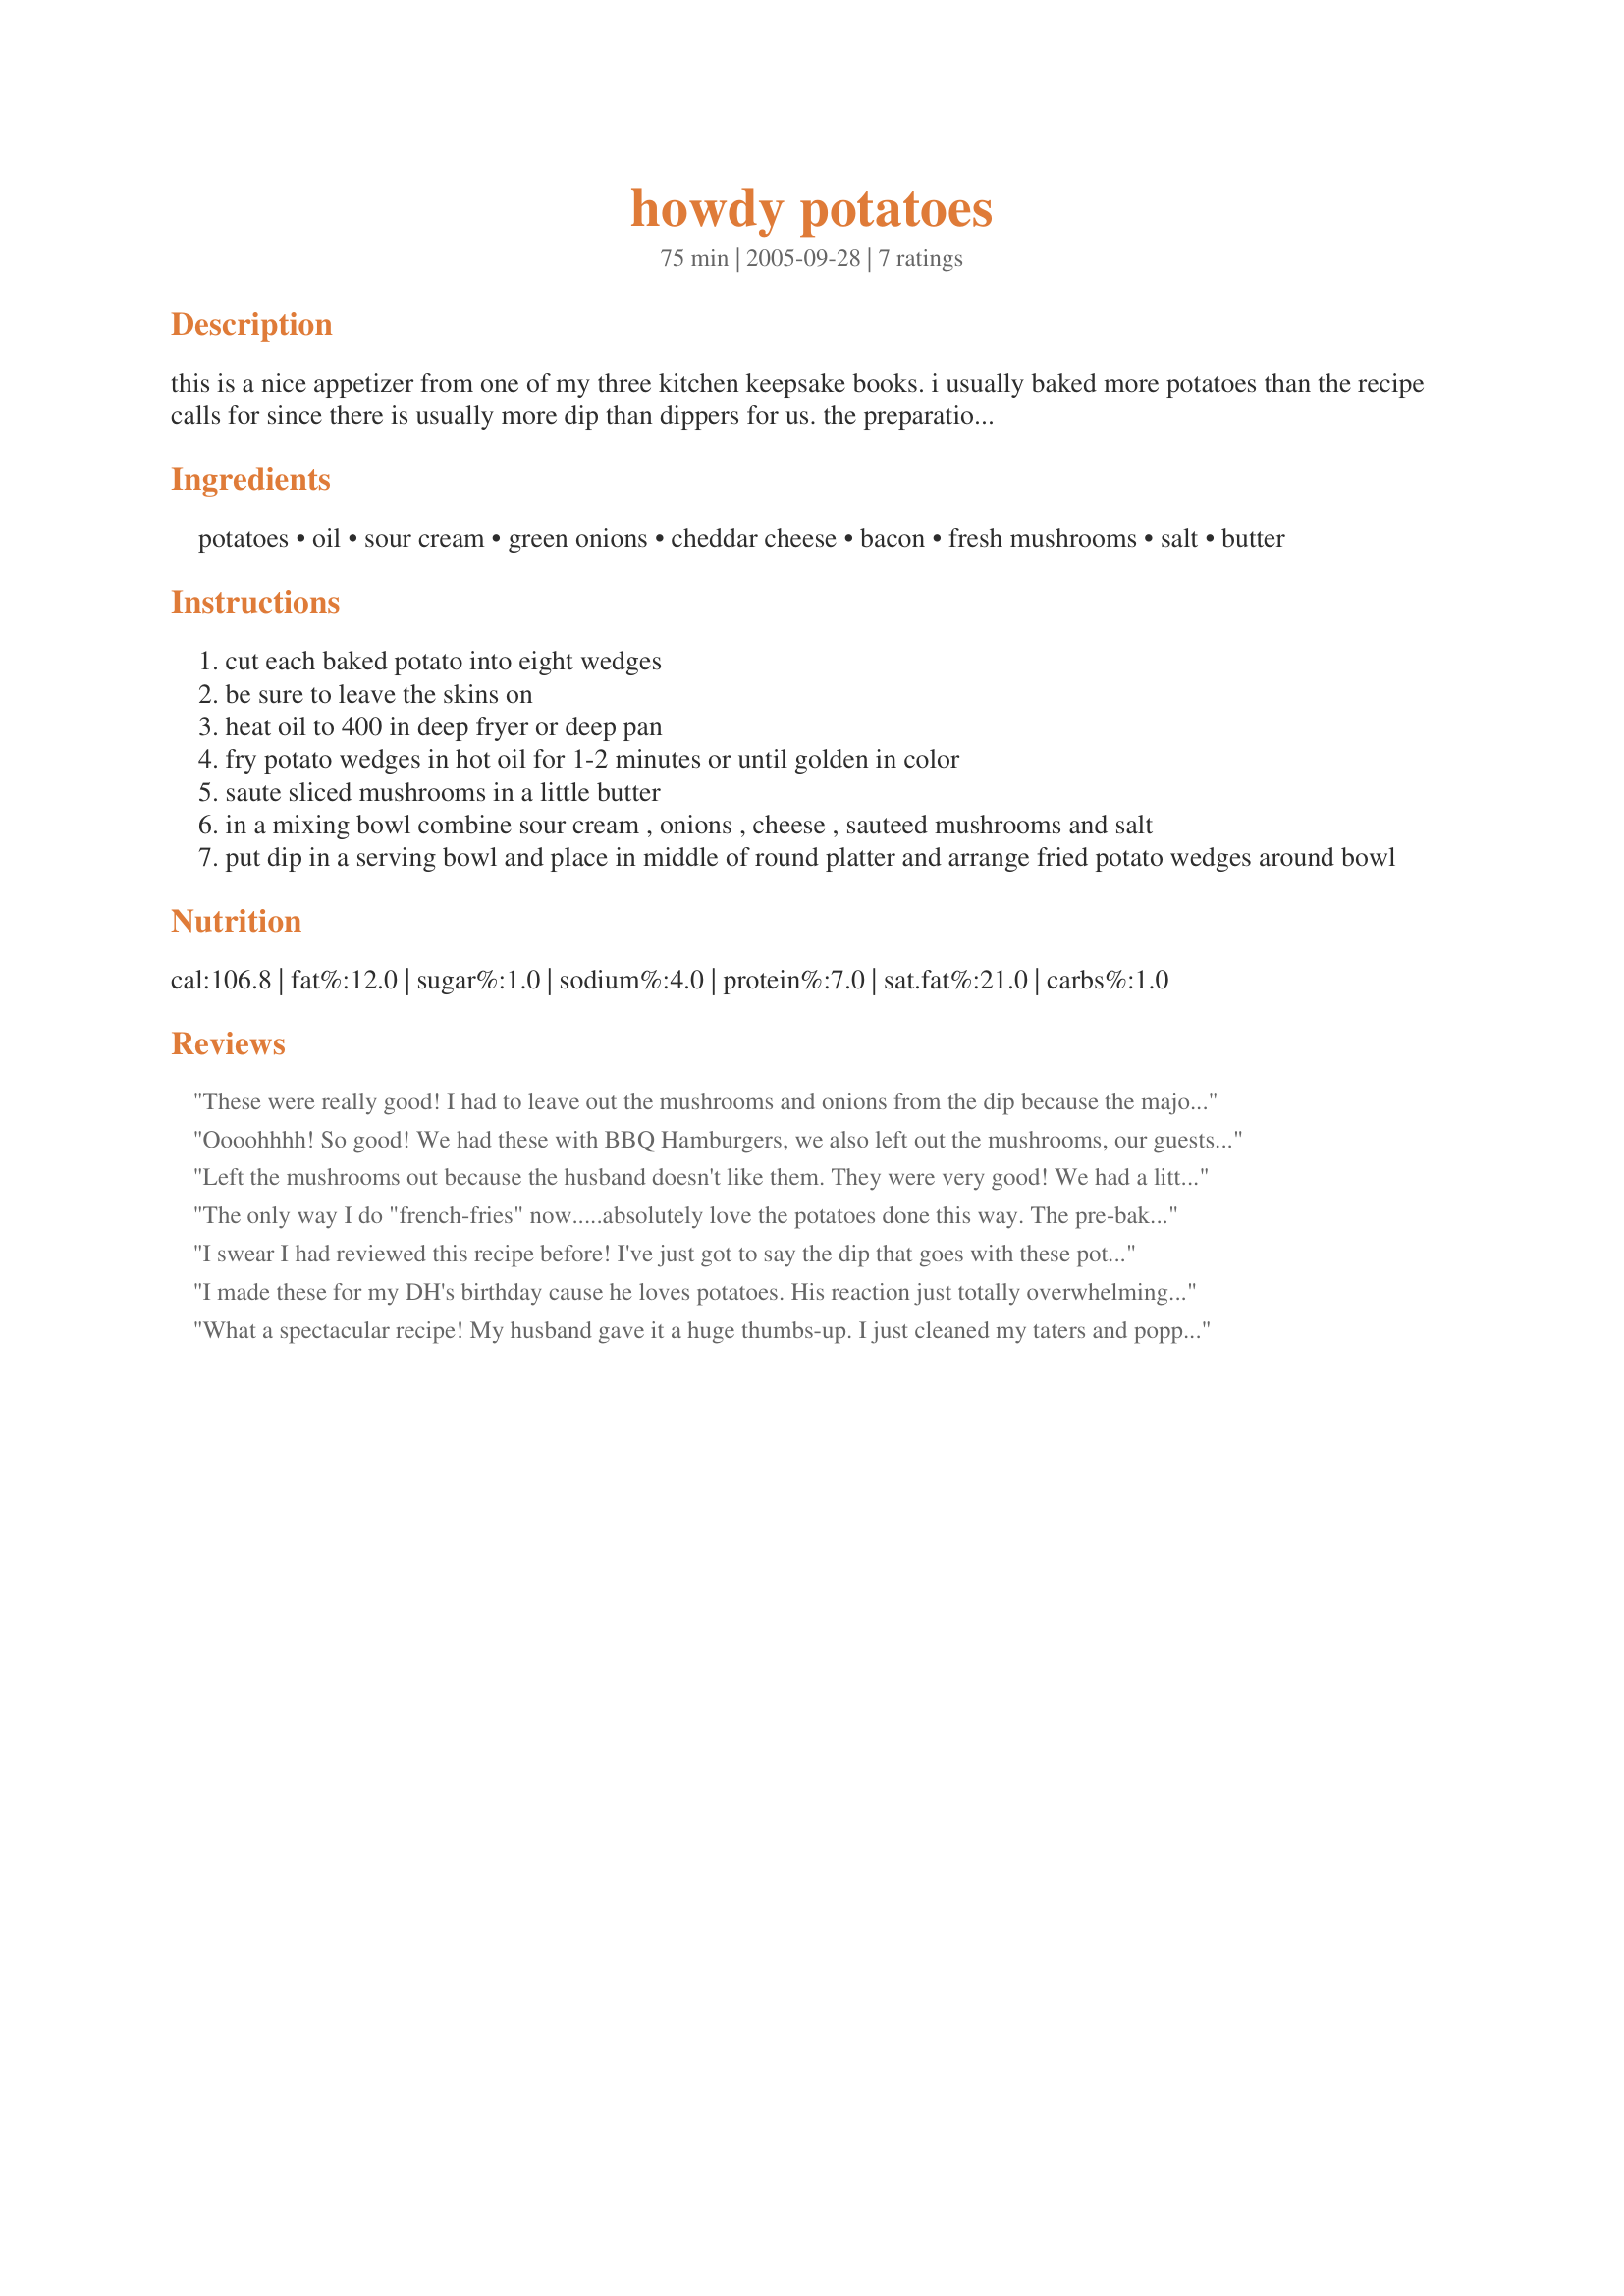
howdy potatoes
Preparation time: 75 minutes

this is a nice appetizer from one of my three kitchen keepsake books. i usually baked more potatoes than the recipe calls for since there is usually more dip than dippers for us.

the preparations and cooking times are a guess. cook time depends on how long it takes for your potato to bake.

Ingredients:
potatoes, oil, sour cream, green onions, cheddar cheese, bacon, fresh mushrooms, salt, butter

Steps:
cut each baked potato into eight wedges
be sure to leave the skins on
heat oil to 400 in deep fryer or deep pan
fry potato wedges in hot oil for 1-2 minutes or until golden in color
saute sliced mushrooms in a little butter
in a mixing bowl combine sour cream , onions , cheese , sauteed mushrooms and salt
put dip in a serving bowl and place in middle of round platter and arrange fried potato wedges around bowl

Reviews:
These were really good! I had to leave out the mushrooms and onions from the dip because the majority said so...so not fair. Thanks!
Oooohhhh! So good! We had these with BBQ Hamburgers, we also left out the mushrooms, our guests preference. And the dip does taste like T.G.I.Friday's potato skins! And that dip was great the next day for veggies, chips etc. Thanks for posting.
Left the mushrooms out because the husband doesn't like them. They were very good! We had a little dip leftover so I ended up baking potatoes and topping it with the dip. I think it would be a great make ahead alternative to loaded baked potatoes.
The only way I do "french-fries" now.....absolutely love the potatoes done this way. The pre-baking makes them nice and tender and the "rough" edges once they've been wedged seems to grab the perfect amount of crispiness once fried. The dip is good (I loved it, my family didn't) but as I said this now just our standard "fry" recipe to serve with burgers - no dip needed unless you want some ketchup!
I swear I had reviewed this recipe before! I've just got to say the dip that goes with these potatoes are the bomb! I've made this 2 or 3 times and my 11 yo daughter asks for it every time I make home fries now. If I have the ingredients on hand, I make it! I do leave out the mushrooms though. Pam
I made these for my DH's birthday cause he loves potatoes. His reaction just totally overwhelming and I knew it was a big hit. I know I will be making these again. They were easy and the dip was like having a loaded bake potato. Thanks for sharing this fantastic recipe.
What a spectacular recipe! My husband gave it a huge thumbs-up. I just cleaned my taters and popped them in the microwave for about 8 minutes, then let cool slightly and cut into wedges to deep fry. Oh gosh, gonna make these again without a doubt. Thanks! ~ Sheila
